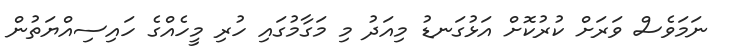
ނަމަވެސް ވަރަށް ކުރުކޮށް އަޅުގަނޑު މިއަދު މި މަގާމުގައި ހުރި މީހެއްގެ ހައިސިއްޔަތުން